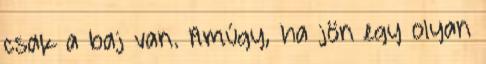
csak a baj van. Amúgy, ha jön egy olyan